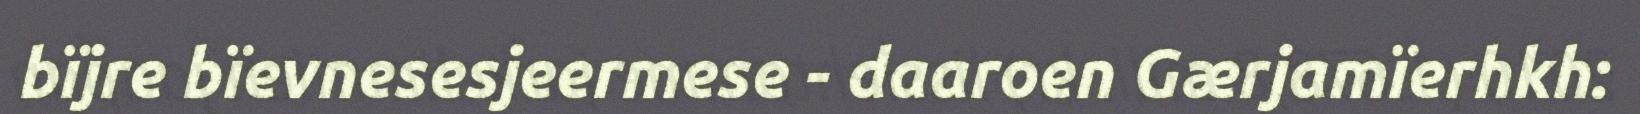
bïjre bïevnesesjeermese - daaroen Gærjamïerhkh: